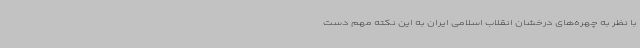
با نظر به چهره‌های درخشان انقلاب اسلامی ایران به این نکته مهم دست